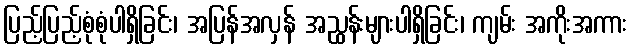
ပြည့်ပြည့်စုံစုံပါရှိခြင်း၊ အပြန်အလှန် အညွှန်းများပါရှိခြင်း၊ ကျမ်း အကိုးအကား